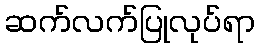
ဆက်လက်ပြုလုပ်ရာ